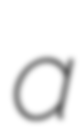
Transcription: a